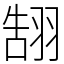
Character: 䎋